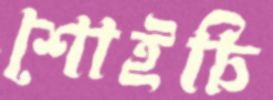
শোইচি